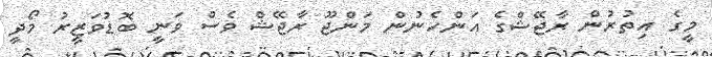
މީގެ އިތުރުން ރާޖޭޝްގެ އަންހެނުން މަންޖޫ ރާޖޭޝް ވެސް ވަނީ ބޮޑުވަޒީރު މޯދީ